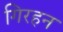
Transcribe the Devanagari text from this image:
गिरहन